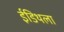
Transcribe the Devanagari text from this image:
ईडिथला